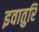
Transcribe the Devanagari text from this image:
इवातुरि